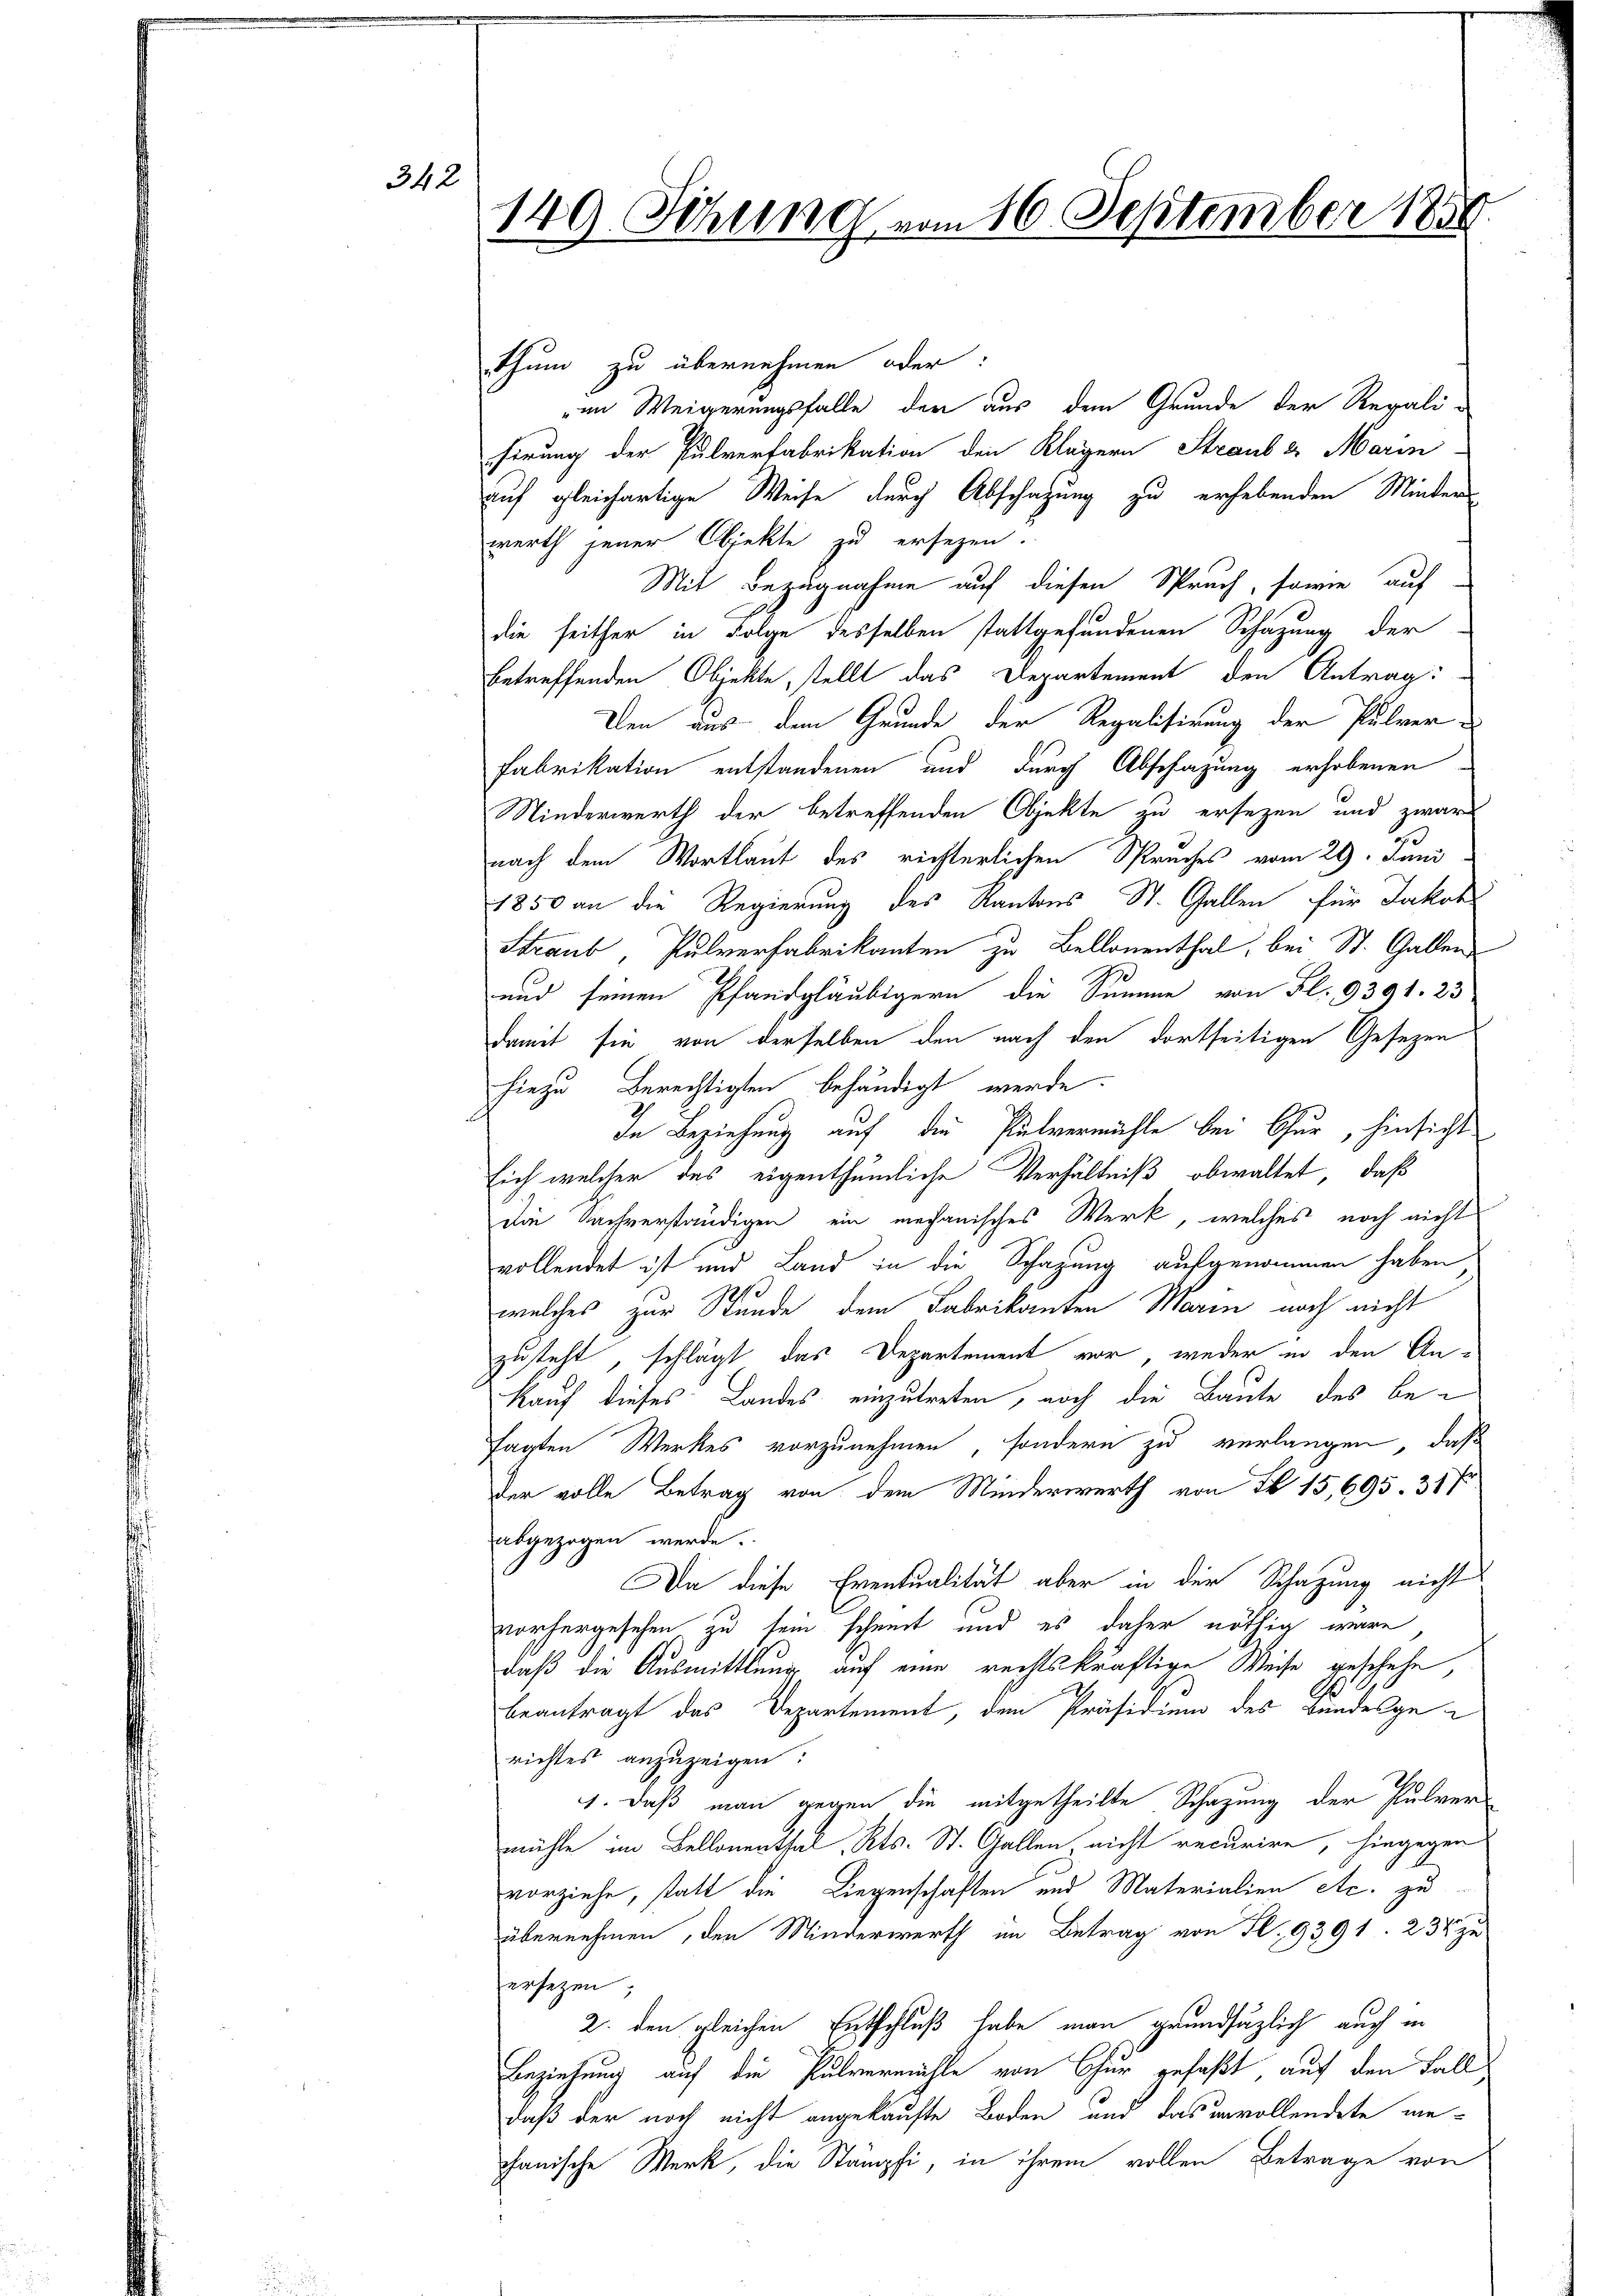
342

149. Sitzung vom 16. September 1859.

thum zu übernehmen oder:
im Weigerungsfalle der aus dem Grunde der Regali-
ferung der Pulverfabrikation den Klägern Straub & Marin
auf gleichartige Weise durch Abschazung zu erhebenden Minters
werth jener Objekte zu ersezen.
Mit Bezugnahme auf diesen Spruch, sowie auf-
die seither in Folge desselben stattgefundenen Schazung der
betreffenden Objekte, stellt das Departement den Antrag:
Den aus dem Grunde der Regalisirung der Pulver¬
Fabrikation entstandenen und durch Abschazung erhobenen
Niederwerth der betreffenden Objekte zu ersezen und zwar
nach dem Wortlaut des richterlichen Spraches vom 29. Juni
1850 an die Regierung des Kantons St. Gallen für Jakob
Straub, Pulverfabrikanton zu Bellonenthal, bei St. Gallen
und seinen Pfandgläubigern die Summe von Fl. 9391. 23
damit sie von derselben den nach den dortseitigen Gesezen
hiezu Berechtigten behändigt werde.
In Beziehung auf die Pulvermähle bei Chur, hinsicht
sich welcher des eigenthümliche Verhältniß obwaltet, daß
Die Sachverständigen ein mechanisches Werk, welches noch nicht
vollendet ist und Land in die Schazung aufgenommen haben
welches zur Stunde dem Fabrikanten Marin noch nicht
zusteht, schlägt das Departement vor, weder in den An¬
Kauf dieses Landes einzutreten, noch die Baute des besagten Werkes vorzunehmen, sondern zu verlangen, daß
Der volle Betrag von dem Minderwerth von I 15, 695. 31 f
abgezogen werde.
.
Da diese Eventualität aber in der Schazung nicht
vorhergesehen zu sein scheint und es daher nöthig wäre
daß die Ausmittlung auf eine rechtskräftige Weise geschehe,
beantragt das Departement, dem Präsidium des Bundesgerichtes anzuzeigen:
1. daß man gegen die mitgetheilte Schazung der Pulvermühle im Bellonenthal, Kts. St. Gallen nicht recurire, hingegen
vorziehe, statt die Liegenschaften und Materialien etc. zu
übernehmen, den Minderwerth im Betrag von S. 9391. 234 zu
ersezen
2. den gleichen Entschluß habe man grundsätzlich auch in
Beziehung auf die Pulvermähle von Chur gefaßt auf den Fall
daß der noch nicht angekaufte Boden und das unvollendete wechanische Merk, die Stämpfi, in ihrem vollen Betrage von